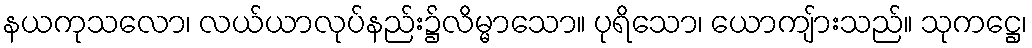
နယကုသလော၊ လယ်ယာလုပ်နည်း၌လိမ္မာသော။ ပုရိသော၊ ယောကျ်ားသည်။ သုကဋ္ဌေ၊